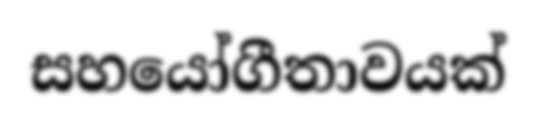
සහයෝගීතාවයක්